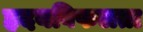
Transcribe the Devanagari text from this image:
हृदयविफलता